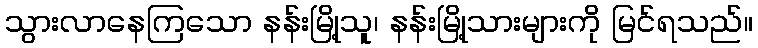
သွားလာနေကြသော နန်းမြို့သူ၊ နန်းမြို့သားများကို မြင်ရသည်။